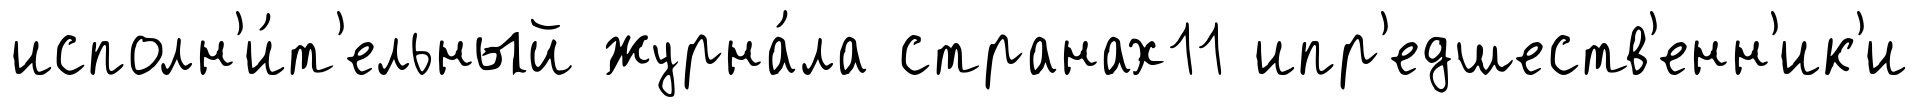
исполн'и́т'ельный журна́ла странах11 ипр'едшеств'енн'ик'и